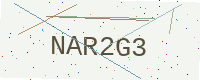
Text: NAR2G3